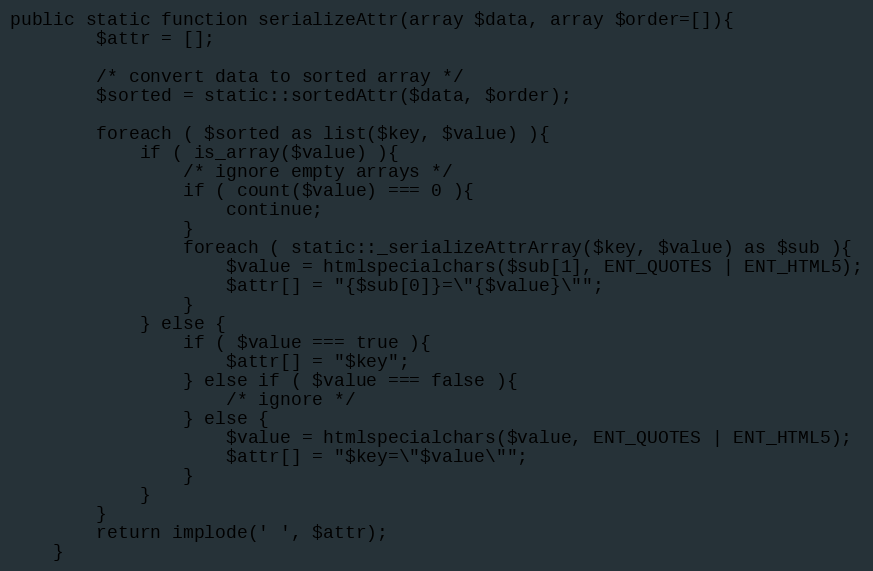
Language: PHP
public static function serializeAttr(array $data, array $order=[]){
		$attr = [];

		/* convert data to sorted array */
		$sorted = static::sortedAttr($data, $order);

		foreach ( $sorted as list($key, $value) ){
			if ( is_array($value) ){
				/* ignore empty arrays */
				if ( count($value) === 0 ){
					continue;
				}
				foreach ( static::_serializeAttrArray($key, $value) as $sub ){
					$value = htmlspecialchars($sub[1], ENT_QUOTES | ENT_HTML5);
					$attr[] = "{$sub[0]}=\"{$value}\"";
				}
			} else {
				if ( $value === true ){
					$attr[] = "$key";
				} else if ( $value === false ){
					/* ignore */
				} else {
					$value = htmlspecialchars($value, ENT_QUOTES | ENT_HTML5);
					$attr[] = "$key=\"$value\"";
				}
			}
		}
		return implode(' ', $attr);
	}